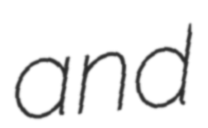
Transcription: and